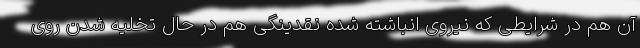
آن هم در شرایطی که نیروی انباشته شده نقدینگی هم در حال تخلیه شدن روی